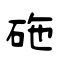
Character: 砤